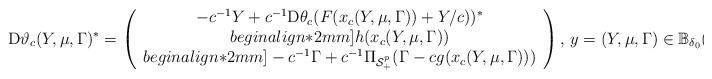
LaTeX: \begin{align*}{\rm D}\vartheta_c (Y,\mu, \Gamma)^*=\left (\begin{array}{c}-c^{-1}Y+c^{-1}{\rm D}\theta_c(F(x_c(Y,\mu, \Gamma))+Y/c))^*\\begin{align*}2mm]h(x_c(Y,\mu, \Gamma))\\begin{align*}2mm]-c^{-1}\Gamma+c^{-1}\Pi_{{\cal S}^p_+}(\Gamma-c g(x_c(Y,\mu, \Gamma)))\end{array}\right ), \,y =(Y,\mu,\Gamma) \in \mathbb{B}_{\delta_0}(\overline Y,\overline{\mu},\overline{\Gamma})\, .\end{align*}%\end{align*}